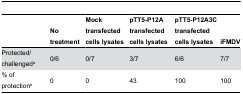
<table><thead><tr><td></td><td><b>No treatment</b></td><td><b>Mock transfected cells lysates</b></td><td><b>pTT5-P12A transfected cells lysates</b></td><td><b>pTT5-P12A3C transfected cells lysates</b></td><td><b>iFMDV</b></td></tr></thead><tbody><tr><td>Protected/challenged<sup>a</sup></td><td>0/6</td><td>0/7</td><td>3/7</td><td>6/6</td><td>7/7</td></tr><tr><td>% of protection<sup>b</sup></td><td>0</td><td>0</td><td>43</td><td>100</td><td>100</td></tr></tbody></table>